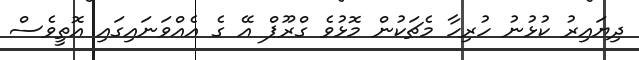
ދިޔައިރު ކުޅުނު ހުރިހާ މެޗަކުން މޮޅުވެ ގްރޫޕް އޭ ގެ އެއްވަނައިގައި އޮތީވެސް